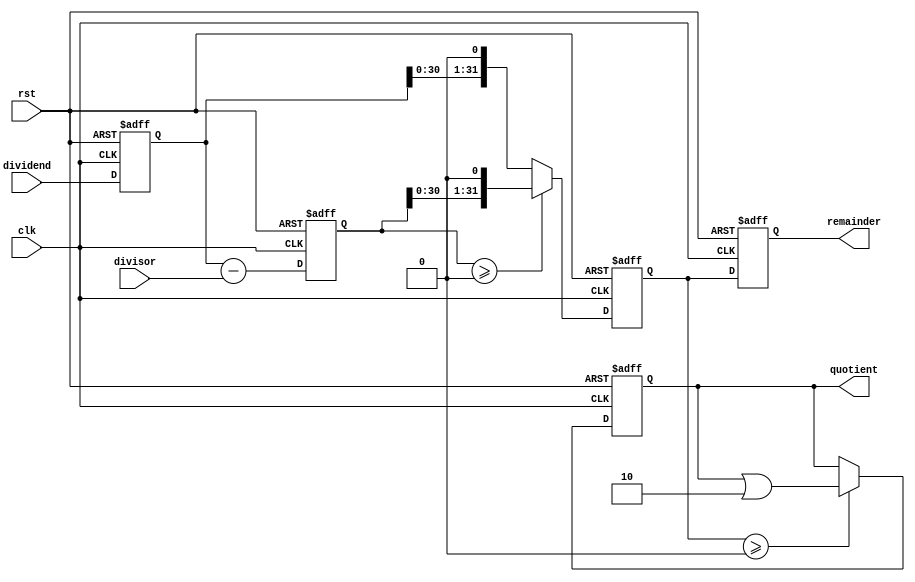
module Pipelined_Divider (
    input wire [31:0] dividend,
    input wire [31:0] divisor,
    output reg [31:0] quotient,
    output reg [31:0] remainder,
    input wire clk,
    input wire rst
);

reg [31:0] div_step_1;
reg [31:0] div_step_2;
reg [31:0] div_step_3;

always @ (posedge clk or posedge rst) begin
    if (rst) begin
        div_step_1 <= 0;
        div_step_2 <= 0;
        div_step_3 <= 0;
        quotient <= 0;
        remainder <= 0;
    end else begin
        div_step_1 <= dividend;
        div_step_2 <= div_step_1 - divisor;
        div_step_3 <= div_step_2 >= 0 ? (div_step_2 << 1) : (div_step_1 << 1);
        
        if (div_step_2 >= 0) begin
            quotinent <= quotient | (1 << 0);
        end
        
        if (div_step_3 >= 0) begin
            quotient <= quotient | (1 << 1);
        end
        
        remainder <= div_step_3[31:0];
    end
end

endmodule